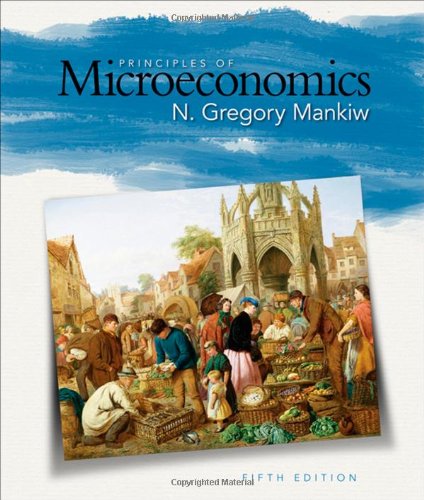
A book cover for Principles of Microeconomics, 5th Edition; N. Gregory Mankiw; Business & Money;